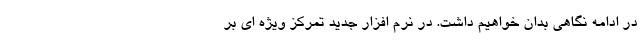
در ادامه نگاهی بدان خواهیم داشت. در نرم افزار جدید تمرکز ویژه ای بر